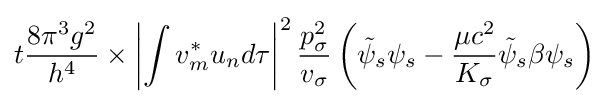
t{\frac {8\pi ^{3}g^{2}}{h^{4}}}\times \left|\int v_{m}^{*}u_{n}d\tau \right|^{2}{\frac {p_{\sigma }^{2}}{v_{\sigma }}}\left({\tilde {\psi }}_{s}\psi _{s}-{\frac {\mu c^{2}}{K_{\sigma }}}{\tilde {\psi }}_{s}\beta \psi _{s}\right)